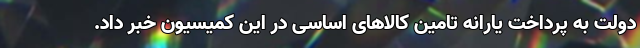
دولت به پرداخت یارانه تامین کالاهای اساسی در این کمیسیون خبر داد.